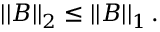
\left| \left| B \right| \right| _ { 2 } \leq \left| \left| B \right| \right| _ { 1 } .